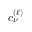
c _ { \nu } ^ { ( \ell ) }